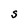
Character: S